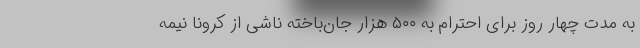
به مدت چهار روز برای احترام به ۵۰۰ هزار جان‌باخته ناشی از کرونا نیمه